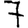
Digit: 7